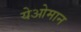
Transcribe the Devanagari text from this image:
येओमान